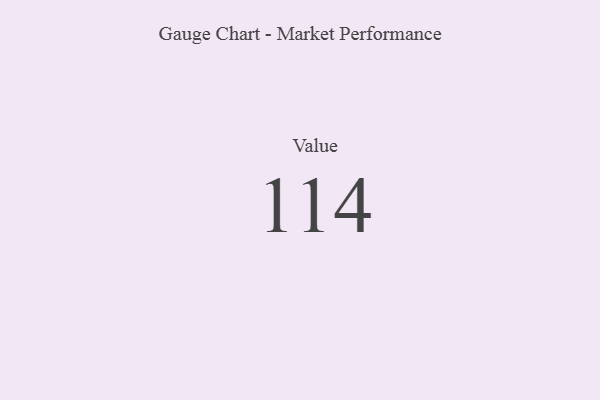
{"axis": {"x": "Metric", "y": "Value"}, "legend": [""], "data": [{"x": "Value", "y": 114, "type": ""}]}